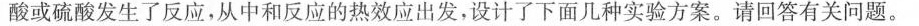
酸或硫酸发生了反应，从中和反应的热效应出发，设计了下面几种实验方案。请回答有关问题。